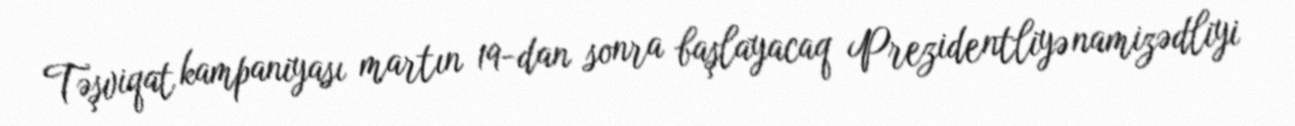
Təşviqat kampaniyası martın 19-dan sonra başlayacaq Prezidentliyə namizədliyi